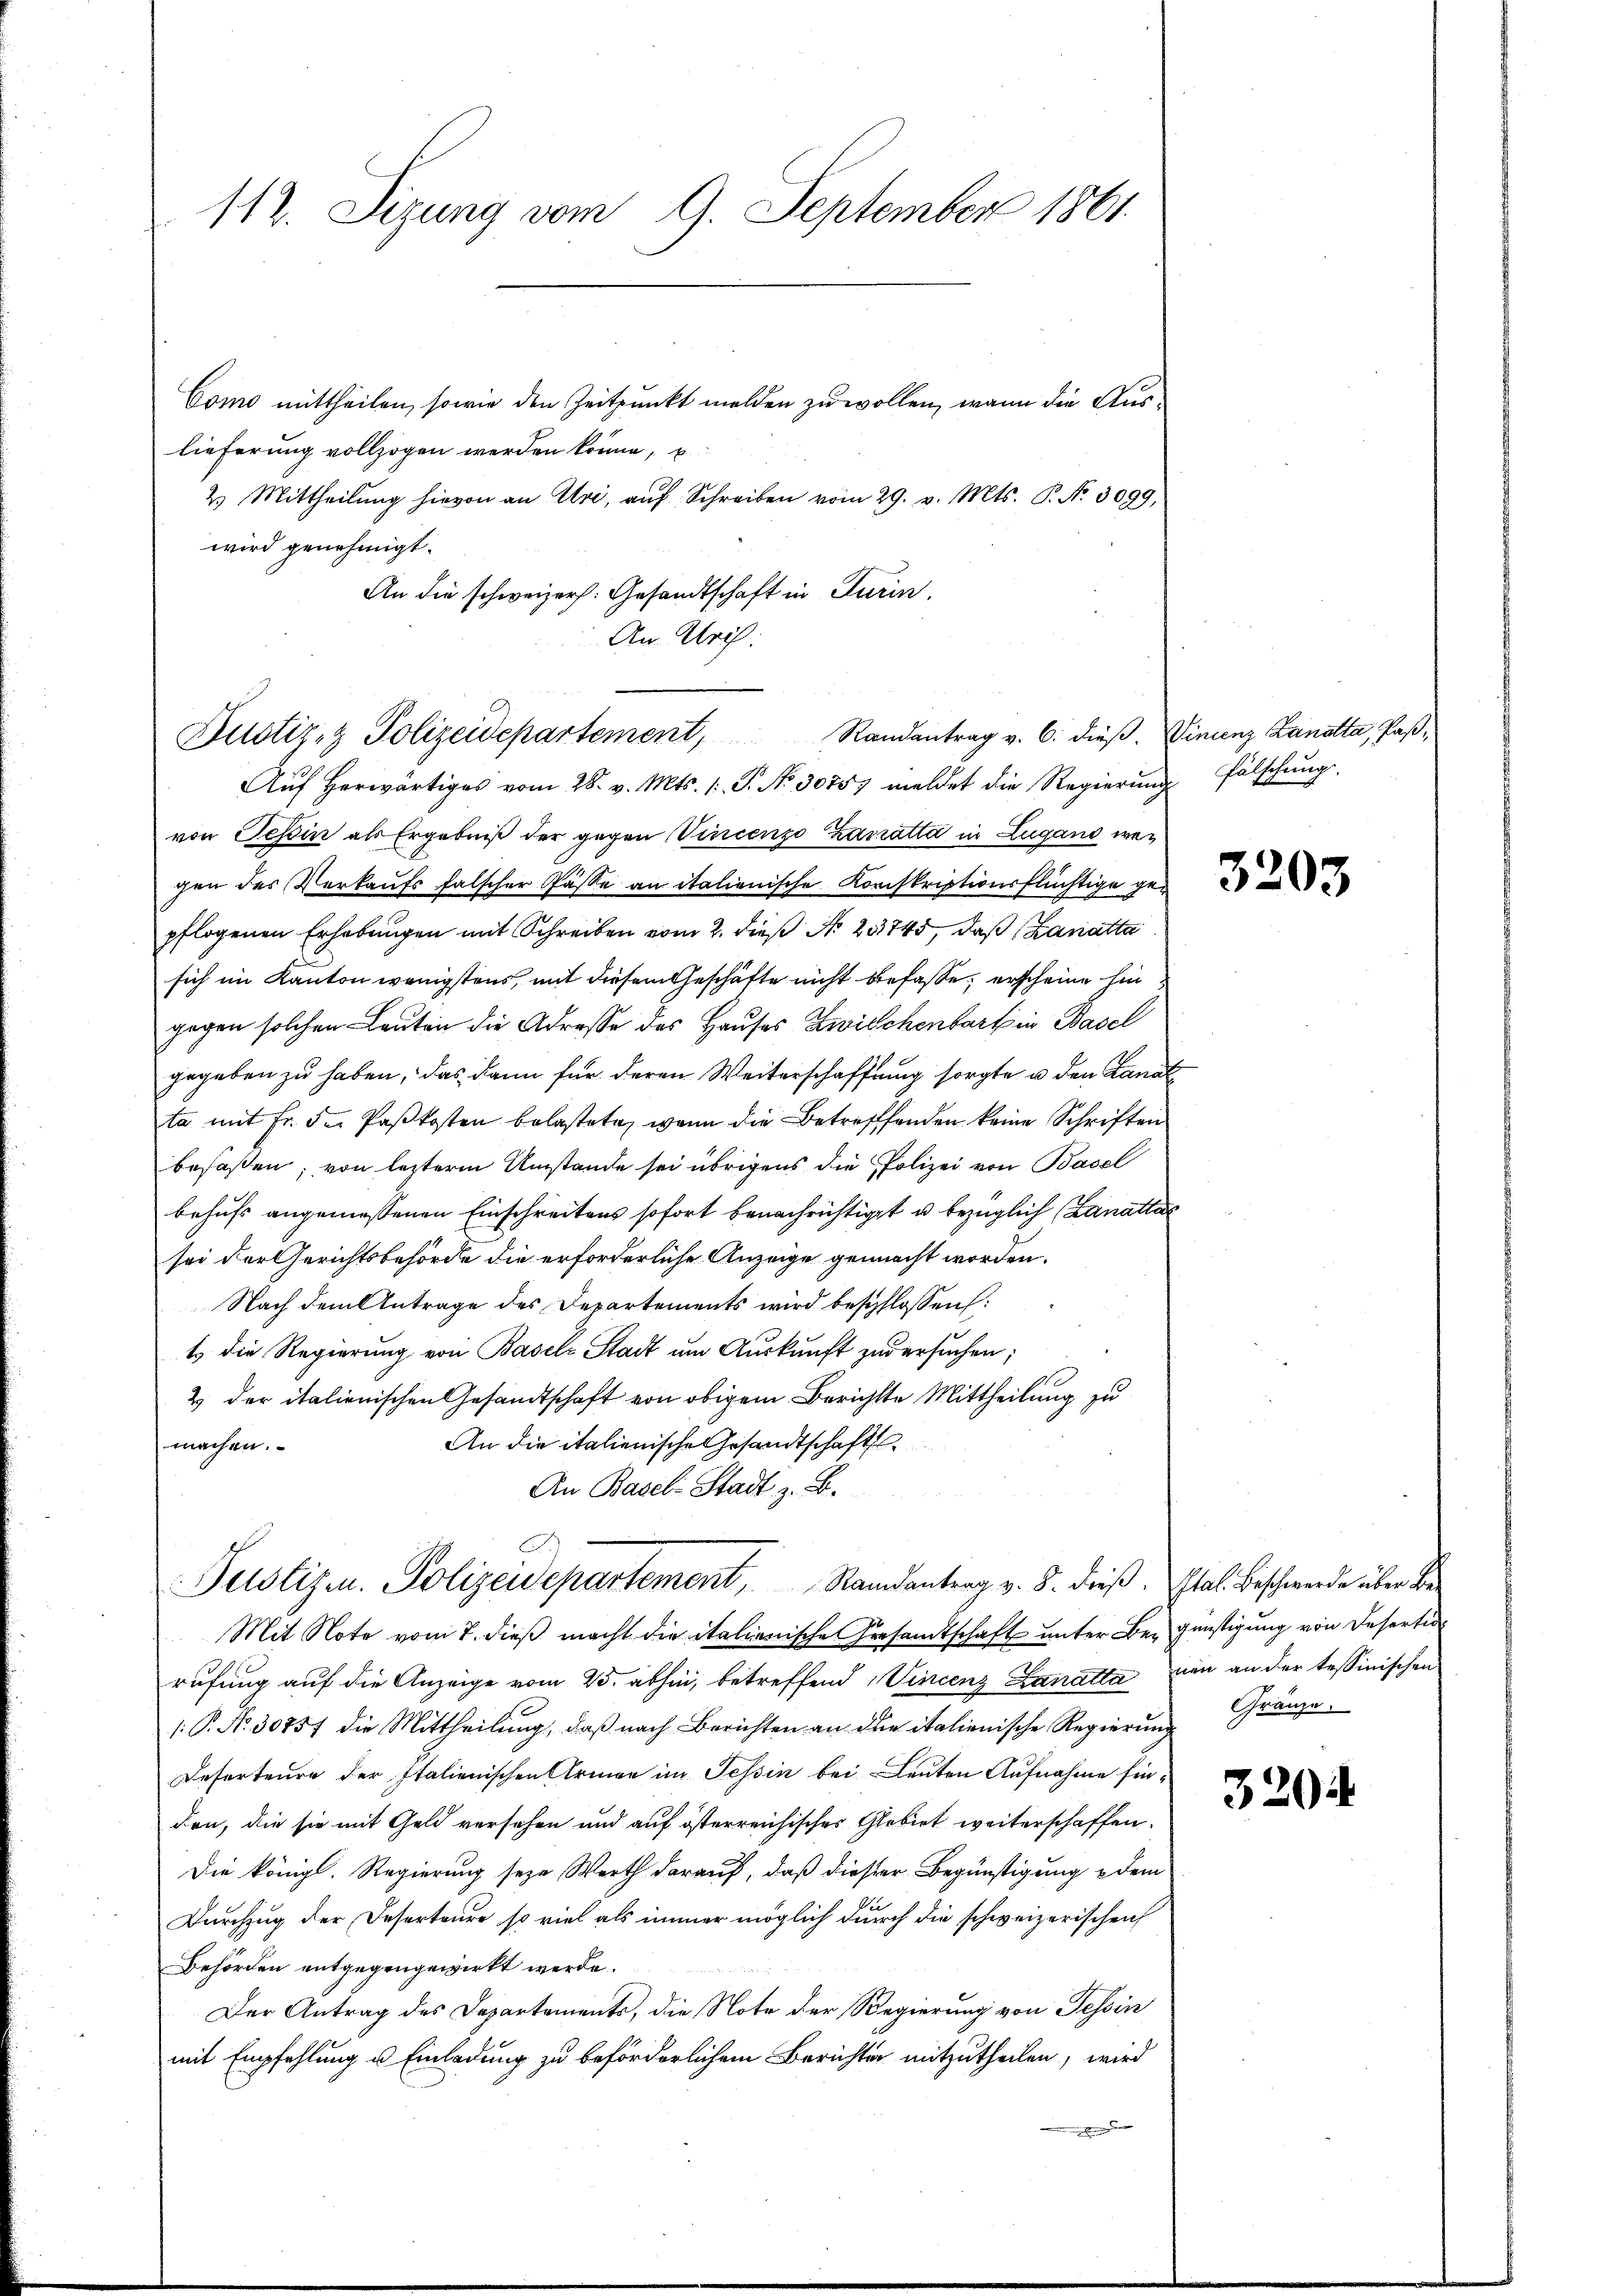
112. Sizung vom 9. September 1861.

Como mittheilen, sowie den Zeitpunkt melden zu wollen, wann die Auslieferung vollzogen werden könne, u
2. Mittheilŭng hievon an Uri, aŭf Schreiben vom 29. v. Mts. P. N. 3099,
wird genehmigt.
An die schweizer. Gesandtschaft in Turin.
An Ulrich:

Justiz- & Polizeidepartement, Randantrag v. 6. dieβ. Vincenz Landtta, Paβ-
Aŭf herwärtiges vom 28. v. Mts. /: P. Nr. 30757 meldet die Regierŭng fälschŭng

von Tessin als Ergebniß der gegen Vincenzo Zarratta in Lugano wegen des Verkaufs falscher Pässe an italienische Korpskriptionsflüchtige gepflogenen Erhebungen mit Schreiben vom 2. dieß No. 23745, daß (Zanatta
sich im Kanton wenigstens, mit diesem Geschäfte nicht befasse, erscheine hin
gegen solchen Leuten die Adresse des Hauses Zwischenbart in Basel
gegeben zu haben, das dann für deren Weiterschaffung sorgte u den Kanal
ta mit Fr. der Paskosten belastete, wenn die Betreffenden keine Schriften
besaßen; von lezterm Umstände sei übrigens die Polizei von Basel
behufs angemessenen Einschreitens sofort benachrichtiget u bezüglich (Lanattal
sei der Gerichtsbehörde die erforderliche Anzeige gemacht worden.
Nach dem Antrage des Departements wird beschlossen:
t die Regierung von Baselz Stadt um Auskunft zuversuchen;
2) der italienischen Gesandtschaft von obigem Berichtte Mittheilung zu
An die italienische Gesandtschaft
machen.
An Basel-Stadt z. B.
Justizen. Polizeidepartement, Randantrag v. 5. dieß. Stal. Beschwerde über de
Mit Note vom 7. dieß macht die italienische Gesandtschaft unter Begünstigung von Deserti
rufung auf die Anzeige vom 25. abhin, betreffend Vincenz Lanatta nun an der tessinischen
1.P. Nr. 30757 die Mittheilung, daß nach Berichten an der italienische Regierung
Deserteure der Italienischen Armen im Tessin bei Leuten Aufnahme finden, die sie mit Geld versehen und auf österreichisches Gebiet weiterschaffen.
Die königl. Regierung seye Werth darauf, daß dieser Begünstigung & dem
Durchzug der Deserteure so viel als immer möglich durch die schweizerischen
Behörden entgegengewirkt werde.
Der Antrag des Departements, die Note der Regierung von Tessin
mit Empfehlung u. Einladung zu beförderlichem Berichter mitzutheilen, wird

3203

Gränze.

320